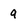
Character: 9